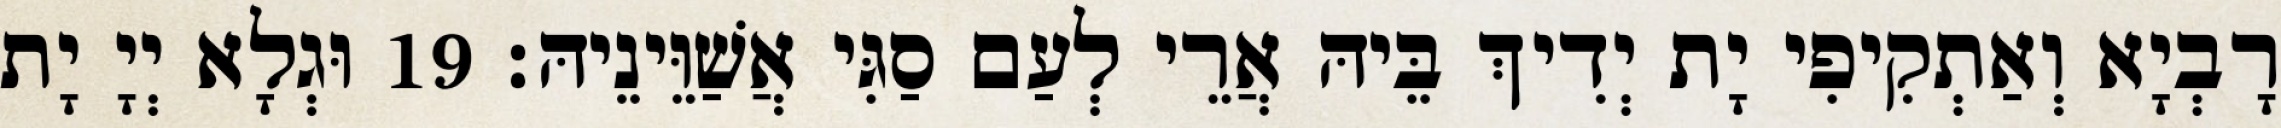
רָבְיָא וְאַתְקִיפִי יָת יְדִיךְ בֵּיהּ אֲרֵי לְעַם סַגִּי אֲשַׁוֵּינֵיהּ׃ 19 וּגְלָא יְיָ יָת